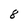
Character: 8